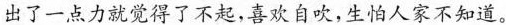
出了一点力就觉得了不起，喜欢自吹，生怕人家不知道。